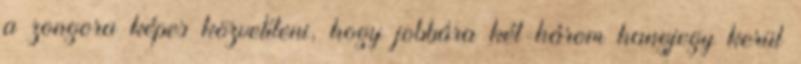
a zongora képes közvetíteni, hogy jobbára két-három hangjegy kerül